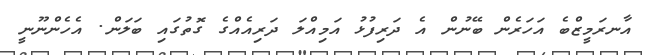
އާނރަމީޒްބެ އަހަރެން ބޭނުން އެ ދަރިފުޅު އަމިއްލަ ދަރިއެއްގެ ގޮތުގައި ބަލަން. އެހެންނޫނީ